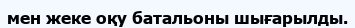
мен жеке оқу батальоны шығарылды.